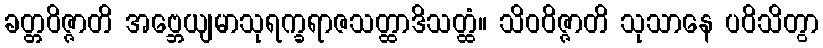
ခတ္တဝိဇ္ဇာတိ အဗ္ဘေယျမာသုရက္ခရာဇသတ္ထာဒိသတ္ထံ။ သိဝဝိဇ္ဇာတိ သုသာနေ ပဝိသိတွာ